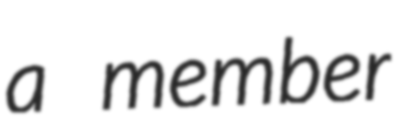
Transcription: a member